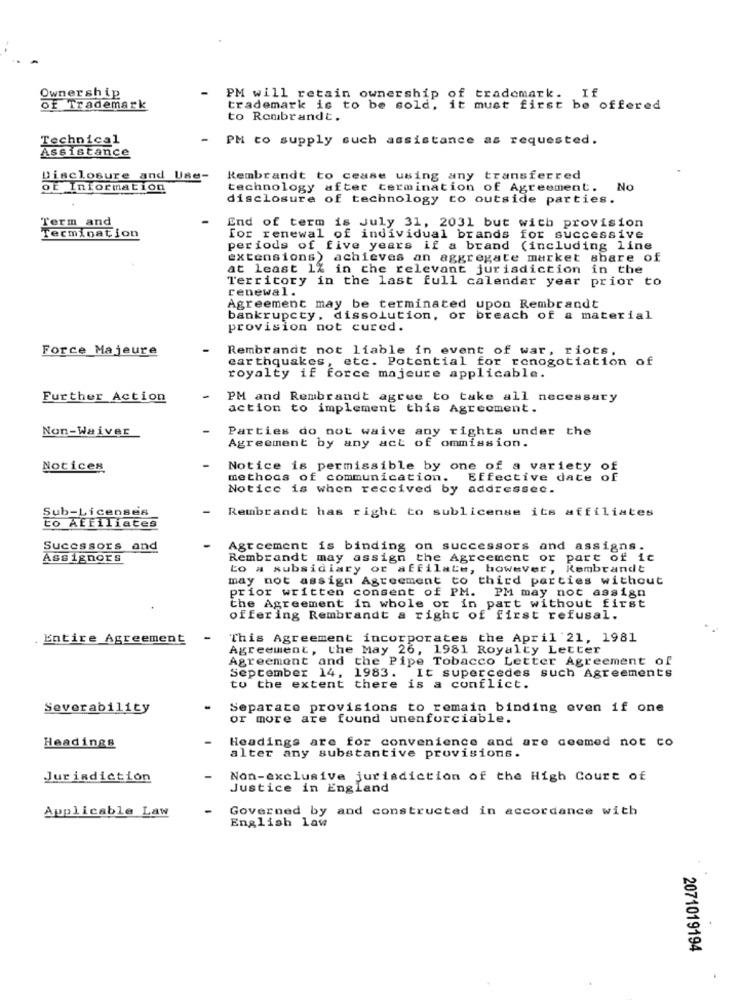
Ownership
PM will retain ownership of trademark. If
Of Trademark
trademark is to be sold,
, it must first be offered
to Rembrandt.
Technical
-
PM to supply such assistance as requested.
Assistance
Disclosure and Use-
Rembrandt to cease using any transferred
of Information
technology after termination of Agreement.
No
disclosure of technology to outside parties.
End of term is July 31, 2031 but with provision
Term and
Termination
for renewal of individual brands for successive
periods of five years if a brand (including line
extensions) achieves an aggregate market share of
at least 1% in the relevant jurisdiction in the
Territory in the last full calendar year prior to
renewal.
Agreement may be terminated upon Rembrandt
bankrupcty. dissolution, or breach of a material
provision not cured.
Force Majeure
Rembrandt not liable in event of war, riots.
earthquakes ,
etc. Potential for ronogotiation of
royalty if force majeure applicable.
Further Action
PM and Rembrandt agree to take all necessary
action to implement this Agreement.
Non-Waiver
Parties do not waive any rights under the
Agreement by any act of ommission.
Notices
Notice is permissible by one of a variety of
methods of communication.
Effective date of
Notice is when received by addressec.
Sub-Licenses
Rembrandt has right to sublicense its affiliates
to Affiliates
Sucessors and
Agreement is binding on successors and assigns.
Assignors
Rembrandt may assign the Agreement or part of it
to a subsidiary or affilate, however, Rembrandt
may not assign Agreement to third parties without
prior written consent of PM. PM may not assign
the Agreement in whole or in part without first
offering Rembrandt a right of first refusal.
Entire Agreement
This Agreement incorporates the April 21, 1981
Agreement, the May 26, 1981 Royalty Letter
Agreement and the Pipe Tobacco Letter Agreement of
September 14, 1983. It supercedes such Agreements
to the extent there is a conflict.
Severability
Separate provisions to remain binding even if one
or more are found unenforciable.
Headings are for convenience and are deemed not co
Headings
alter any substantive provisions.
Jurisdiction
Non-exclusive jurisdiction of the High Court of
Justice in England
Governed by and constructed in accordance with
Applicable Law
English law
2071019194